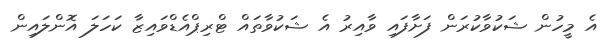
އެ މީހުން ޝަކުވާކުރަން ފަށާފައި ވާއިރު އެ ޝަކުވާތައް ޓްރިޕްއެޑްވައިޒާ ކަހަލަ އޮންލައިން